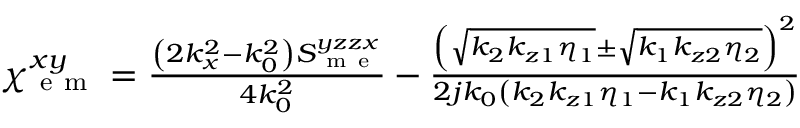
\begin{array} { r } { \chi _ { \mathrm { ~ e ~ m ~ } } ^ { x y } = \frac { \left( 2 k _ { x } ^ { 2 } - k _ { 0 } ^ { 2 } \right) S _ { \mathrm { ~ m ~ e ~ } } ^ { y z z x } } { 4 k _ { 0 } ^ { 2 } } - \frac { \left( \sqrt { k _ { 2 } k _ { z 1 } \eta _ { 1 } } \pm \sqrt { k _ { 1 } k _ { z 2 } \eta _ { 2 } } \right) ^ { 2 } } { 2 j k _ { 0 } \left( k _ { 2 } k _ { z 1 } \eta _ { 1 } - k _ { 1 } k _ { z 2 } \eta _ { 2 } \right) } } \end{array}